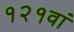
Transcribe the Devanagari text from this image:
१२१वां